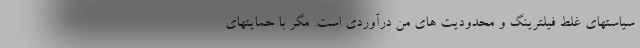
سیاستهای غلط فیلترینگ و محدودیت های من درآوردی است. مگر با حمایتهای